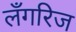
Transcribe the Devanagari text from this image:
लँगरिज